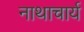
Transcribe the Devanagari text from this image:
नाथाचार्य